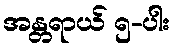
အန္တရာယ် ၅-ပါး